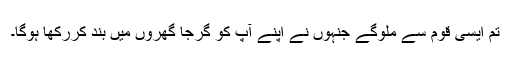
تم ایسی قوم سے ملوگے جنہوں نے اپنے آپ کو گرجا گھروں میں بند کررکھا ہوگا۔